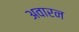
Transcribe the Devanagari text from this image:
अवारन